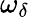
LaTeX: \omega_{\delta}